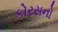
કોરસનો